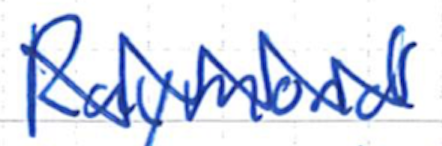
Text: Raymond
Cross-out: zig-zag
Writing tool: ballpoint